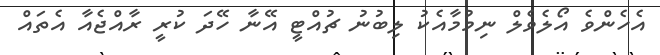
އެހެންވެ އޯލެވެލް ނިމުމާއެކު ލިބުނު ޗުއްޓީ އޭނާ ހޭދަ ކުރީ ރާއްޖެއާ އެތައް